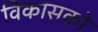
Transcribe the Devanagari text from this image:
विकासको